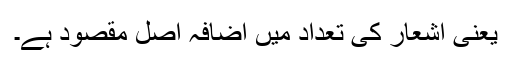
یعنی اشعار کی تعداد میں اضافہ اصل مقصود ہے۔